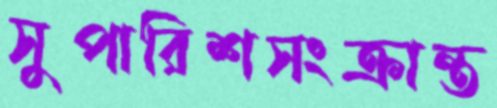
সুপারিশসংক্রান্ত